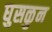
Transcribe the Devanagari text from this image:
घुसळुन